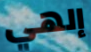
إلهي